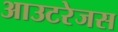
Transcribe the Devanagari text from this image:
आउटरेजस